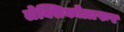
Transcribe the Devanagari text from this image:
लेक्सिकोग्राफर